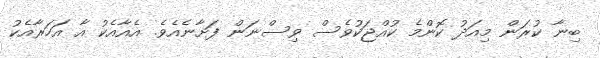
ބިނާ ކުރަން މިއަދު ކޮންމެ ކުއްޖަކުވެސް ވިސްނަން ފަށާނެއެވެ. އެއާއެކު އާ އަހަރާއެކު